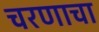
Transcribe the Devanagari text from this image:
चरणाचा